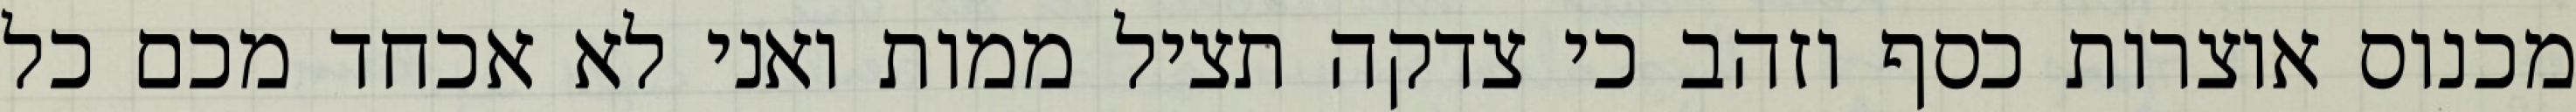
מכנוס אוצרות כסף וזהב כי צדקה תציל ממות ואני לא אכחד מכם כל